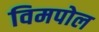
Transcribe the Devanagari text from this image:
विमपोल